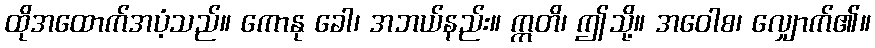
ထိုအထောက်အပံ့သည်။ ကောနု ခေါ၊ အဘယ်နည်း။ ဣတိ၊ ဤသို့။ အဝေါစ၊ လျှောက်၏။